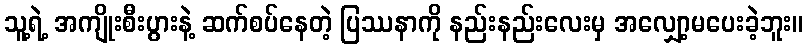
သူ့ရဲ့ အကျိုးစီးပွားနဲ့ ဆက်စပ်နေတဲ့ ပြဿနာကို နည်းနည်းလေးမှ အလျှော့မပေးခဲ့ဘူး။